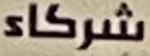
شركاء